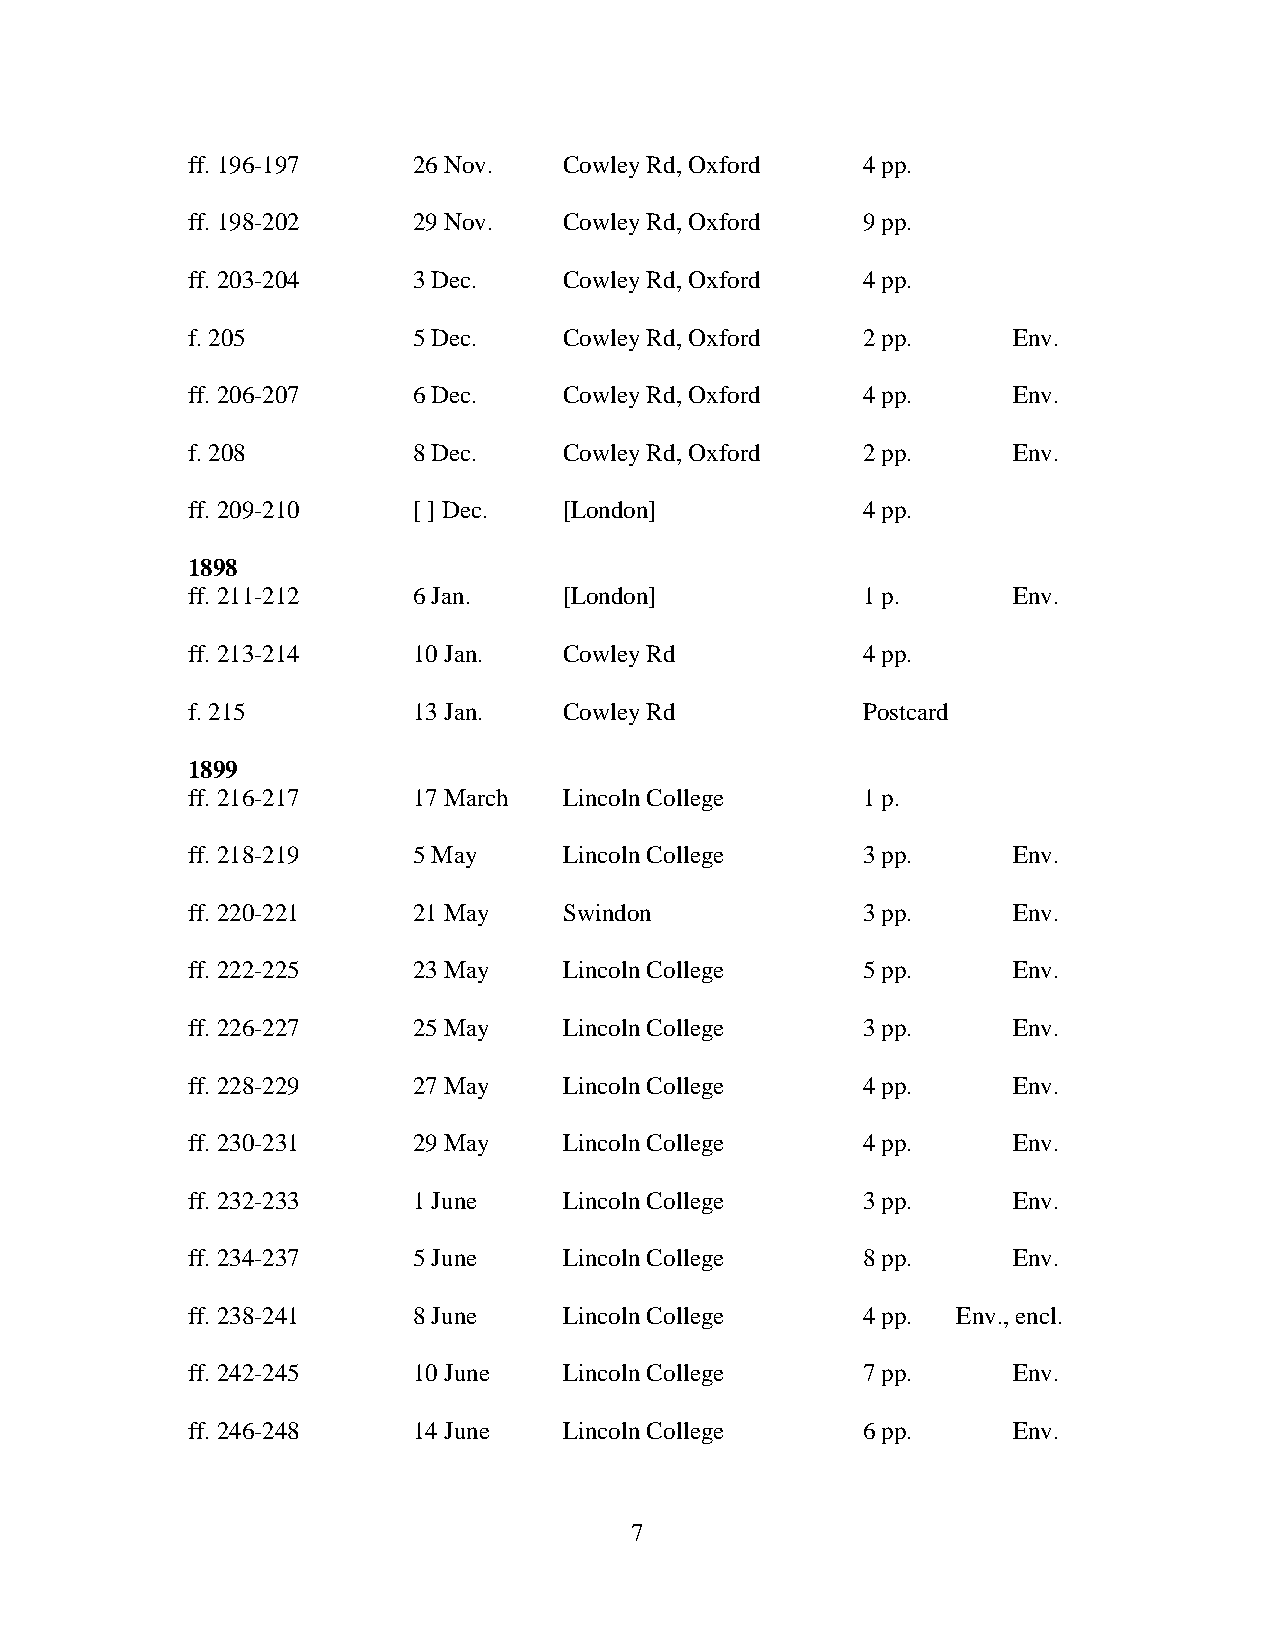
ff. 196-197    26 Nov.   Cowley Rd, Oxford   4 pp.
 ff. 198-202    29 Nov.   Cowley Rd, Oxford   9 pp.
 ff. 203-204    3 Dec.    Cowley Rd, Oxford   4 pp.
 f. 205         5 Dec.    Cowley Rd, Oxford   2 pp.     Env.
 ff. 206-207    6 Dec.    Cowley Rd, Oxford   4 pp.     Env.
 f. 208         8 Dec.    Cowley Rd, Oxford   2 pp.     Env.
 ff. 209-210    [ ] Dec.  [London]            4 pp.
 1898
 ff. 211-212    6 Jan.    [London]            1 p.      Env.
 ff. 213-214    10 Jan.   Cowley Rd           4 pp.
 f. 215         13 Jan.   Cowley Rd           Postcard
 1899
 ff. 216-217    17 March  Lincoln College     1 p.
 ff. 218-219    5 May     Lincoln College     3 pp.     Env.
 ff. 220-221    21 May    Swindon             3 pp.     Env.
 ff. 222-225    23 May    Lincoln College     5 pp.     Env.
 ff. 226-227    25 May    Lincoln College     3 pp.     Env.
 ff. 228-229    27 May    Lincoln College     4 pp.     Env.
 ff. 230-231    29 May    Lincoln College     4 pp.     Env.
 ff. 232-233    1 June    Lincoln College     3 pp.     Env.
 ff. 234-237    5 June    Lincoln College     8 pp.     Env.
 ff. 238-241    8 June    Lincoln College     4 pp. Env., encl.
 ff. 242-245    10 June   Lincoln College     7 pp.     Env.
 ff. 246-248    14 June   Lincoln College     6 pp.     Env.
 7